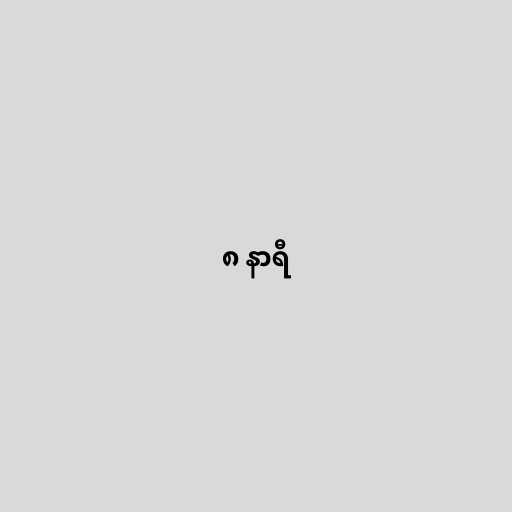
၈ နာရီ